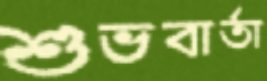
শুভবার্তা